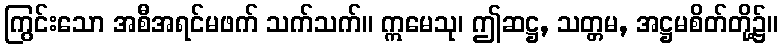
ကြွင်းသော အစီအရင်မဖက် သက်သက်။ ဣမေသု၊ ဤဆဋ္ဌ, သတ္တမ, အဋ္ဌမစိတ်တို့၌။